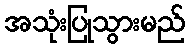
အသုံးပြုသွားမည်